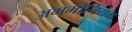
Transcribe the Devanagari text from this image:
अममोनियम